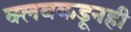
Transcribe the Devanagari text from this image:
क्लबकडूनही